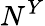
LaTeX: N^{Y}